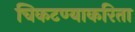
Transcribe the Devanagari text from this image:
चिकटण्याकरिता